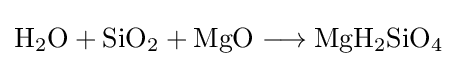
{\mathrm {H} {\vphantom {A}}_{\smash[{t}]{2}}\mathrm {O} {}+{}\mathrm {SiO} {\vphantom {A}}_{\smash[{t}]{2}}{}+{}\mathrm {MgO} {}\mathrel {\longrightarrow } {}\mathrm {MgH} {\vphantom {A}}_{\smash[{t}]{2}}\mathrm {SiO} {\vphantom {A}}_{\smash[{t}]{4}}}